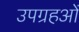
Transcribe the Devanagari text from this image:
उपग्रहओं